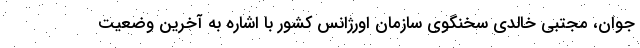
جوان، مجتبی خالدی سخنگوی سازمان اورژانس کشور با اشاره به آخرین وضعیت